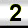
Digit: 2